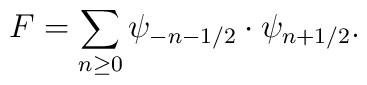
F = \sum_{n \geq 0} \psi_{-n-1/2} \cdot \psi_{n+1/2}.